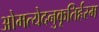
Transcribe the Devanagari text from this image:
ओमत्येदनुकृतिर्हस्म